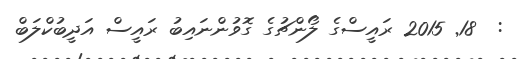
:  18